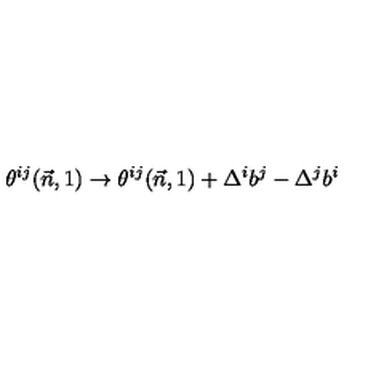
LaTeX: \theta ^ { i j } ( \vec { n } , 1 ) \to \theta ^ { i j } ( \vec { n } , 1 ) + \Delta ^ { i } b ^ { j } - \Delta ^ { j } b ^ { i }